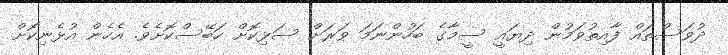
ދުވަސްތައް ފާއިތުވަމުން ދިޔައީ ސީމާގެ ބަހުންނަމަ ވަރަށް ސަޅިކޮށް ހަބޭސްކޮށެވެ. އެހެން އުޅެނިކޮށް